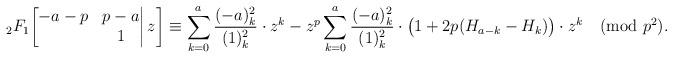
LaTeX: \begin{align*}{}_2F_1\bigg[\begin{matrix}-a-p&p-a\\&1\end{matrix}\bigg|\,z\bigg]\equiv\sum_{k=0}^a\frac{(-a)_k^2}{(1)_k^2}\cdot z^k-z^p\sum_{k=0}^a\frac{(-a)_k^2}{(1)_k^2}\cdot\big(1+2p(H_{a-k}-H_k)\big)\cdot z^k\pmod{p^2}.\end{align*}